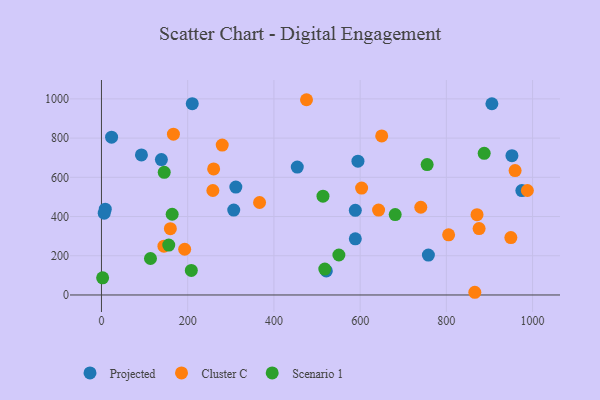
{"axis": {"x": "Experience", "y": "Yield"}, "legend": ["Cluster C", "Projected", "Scenario 1"], "data": [{"x": "521.6", "y": 122.7, "type": "Projected"}, {"x": "905.6", "y": 975.1, "type": "Projected"}, {"x": "23.5", "y": 804.6, "type": "Projected"}, {"x": "311.7", "y": 550.4, "type": "Projected"}, {"x": "952.1", "y": 710.6, "type": "Projected"}, {"x": "975.1", "y": 532.6, "type": "Projected"}, {"x": "758.3", "y": 203.4, "type": "Projected"}, {"x": "210.6", "y": 975.8, "type": "Projected"}, {"x": "588.8", "y": 286.4, "type": "Projected"}, {"x": "8.8", "y": 437.8, "type": "Projected"}, {"x": "454.2", "y": 652.0, "type": "Projected"}, {"x": "92.7", "y": 714.4, "type": "Projected"}, {"x": "588.8", "y": 431.7, "type": "Projected"}, {"x": "594.9", "y": 682.1, "type": "Projected"}, {"x": "306.8", "y": 433.0, "type": "Projected"}, {"x": "139.0", "y": 690.4, "type": "Projected"}, {"x": "6.4", "y": 417.4, "type": "Projected"}, {"x": "959.4", "y": 634.6, "type": "Cluster C"}, {"x": "650.0", "y": 811.2, "type": "Cluster C"}, {"x": "987.9", "y": 532.9, "type": "Cluster C"}, {"x": "159.8", "y": 338.0, "type": "Cluster C"}, {"x": "949.6", "y": 292.7, "type": "Cluster C"}, {"x": "280.1", "y": 764.6, "type": "Cluster C"}, {"x": "260.2", "y": 643.0, "type": "Cluster C"}, {"x": "642.8", "y": 433.0, "type": "Cluster C"}, {"x": "193.0", "y": 233.1, "type": "Cluster C"}, {"x": "875.9", "y": 338.8, "type": "Cluster C"}, {"x": "258.4", "y": 532.7, "type": "Cluster C"}, {"x": "603.4", "y": 545.2, "type": "Cluster C"}, {"x": "871.1", "y": 409.5, "type": "Cluster C"}, {"x": "740.7", "y": 447.5, "type": "Cluster C"}, {"x": "144.9", "y": 248.9, "type": "Cluster C"}, {"x": "366.7", "y": 471.5, "type": "Cluster C"}, {"x": "805.2", "y": 306.6, "type": "Cluster C"}, {"x": "475.6", "y": 995.7, "type": "Cluster C"}, {"x": "866.0", "y": 13.8, "type": "Cluster C"}, {"x": "166.9", "y": 820.0, "type": "Cluster C"}, {"x": "208.4", "y": 125.1, "type": "Scenario 1"}, {"x": "156.1", "y": 254.3, "type": "Scenario 1"}, {"x": "518.0", "y": 132.0, "type": "Scenario 1"}, {"x": "887.7", "y": 722.3, "type": "Scenario 1"}, {"x": "145.6", "y": 625.4, "type": "Scenario 1"}, {"x": "513.8", "y": 503.8, "type": "Scenario 1"}, {"x": "113.7", "y": 186.1, "type": "Scenario 1"}, {"x": "164.0", "y": 411.6, "type": "Scenario 1"}, {"x": "681.3", "y": 409.9, "type": "Scenario 1"}, {"x": "550.7", "y": 203.9, "type": "Scenario 1"}, {"x": "755.4", "y": 665.1, "type": "Scenario 1"}, {"x": "2.7", "y": 87.7, "type": "Scenario 1"}]}